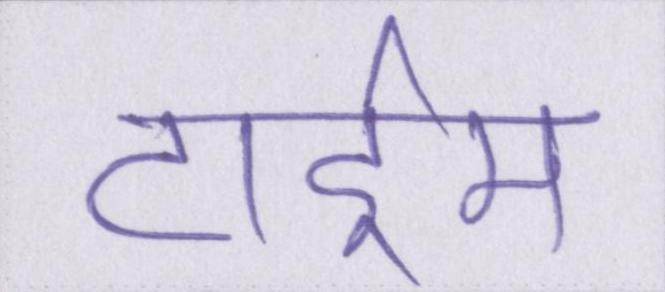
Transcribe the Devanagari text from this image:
टाईम